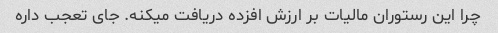
چرا این رستوران مالیات بر ارزش افزده دریافت میکنه. جای تعجب داره